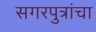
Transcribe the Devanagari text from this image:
सगरपुत्रांचा